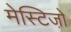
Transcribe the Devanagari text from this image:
मेस्टिजो़